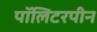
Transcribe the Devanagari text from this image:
पॉलिटरपीन